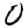
Digit: 0